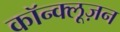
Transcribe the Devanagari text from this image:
कॉन्क्लूज़न